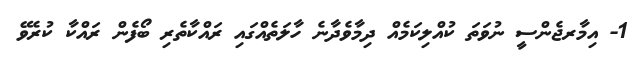
1- އިމާރޖެންސީ ނުވަތަ ކުއްލިކަމެއް ދިމާވެދާނެ ހާލަތެއްގައި ރައްކާތެރި ބޯފެން ރައްކާ ކުރެވޭ